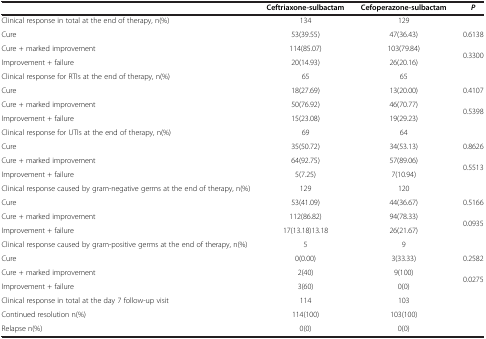
<table><thead><tr><td><b> </b></td><td><b>Ceftriaxone-sulbactam</b></td><td><b>Cefoperazone-sulbactam</b></td><td><b><i>P</i></b></td></tr></thead><tbody><tr><td>Clinical response in total at the end of therapy, n(%)</td><td>134</td><td>129</td><td> </td></tr><tr><td>Cure</td><td>53(39.55)</td><td>47(36.43)</td><td>0.6138</td></tr><tr><td>Cure + marked improvement</td><td>114(85.07)</td><td>103(79.84)</td><td rowspan="2">0.3300</td></tr><tr><td>Improvement + failure</td><td>20(14.93)</td><td>26(20.16)</td></tr><tr><td>Clinical response for RTIs at the end of therapy, n(%)</td><td>65</td><td>65</td><td> </td></tr><tr><td>Cure</td><td>18(27.69)</td><td>13(20.00)</td><td>0.4107</td></tr><tr><td>Cure + marked improvement</td><td>50(76.92)</td><td>46(70.77)</td><td rowspan="2">0.5398</td></tr><tr><td>Improvement + failure</td><td>15(23.08)</td><td>19(29.23)</td></tr><tr><td>Clinical response for UTIs at the end of therapy, n(%)</td><td>69</td><td>64</td><td> </td></tr><tr><td>Cure</td><td>35(50.72)</td><td>34(53.13)</td><td>0.8626</td></tr><tr><td>Cure + marked improvement</td><td>64(92.75)</td><td>57(89.06)</td><td rowspan="2">0.5513</td></tr><tr><td>Improvement + failure</td><td>5(7.25)</td><td>7(10.94)</td></tr><tr><td>Clinical response caused by gram-negative germs at the end of therapy, n(%)</td><td>129</td><td>120</td><td> </td></tr><tr><td>Cure</td><td>53(41.09)</td><td>44(36.67)</td><td>0.5166</td></tr><tr><td>Cure + marked improvement</td><td>112(86.82)</td><td>94(78.33)</td><td rowspan="2">0.0935</td></tr><tr><td>Improvement + failure</td><td>17(13.18)13.18</td><td>26(21.67)</td></tr><tr><td>Clinical response caused by gram-positive germs at the end of therapy, n(%)</td><td>5</td><td>9</td><td> </td></tr><tr><td>Cure</td><td>0(0.00)</td><td>3(33.33)</td><td>0.2582</td></tr><tr><td>Cure + marked improvement</td><td>2(40)</td><td>9(100)</td><td rowspan="2">0.0275</td></tr><tr><td>Improvement + failure</td><td>3(60)</td><td>0(0)</td></tr><tr><td>Clinical response in total at the day 7 follow-up visit</td><td>114</td><td>103</td><td> </td></tr><tr><td>Continued resolution n(%)</td><td>114(100)</td><td>103(100)</td><td> </td></tr><tr><td>Relapse n(%)</td><td>0(0)</td><td>0(0)</td><td> </td></tr></tbody></table>